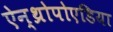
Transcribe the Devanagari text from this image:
ऐन्थ्रोपोएडिया